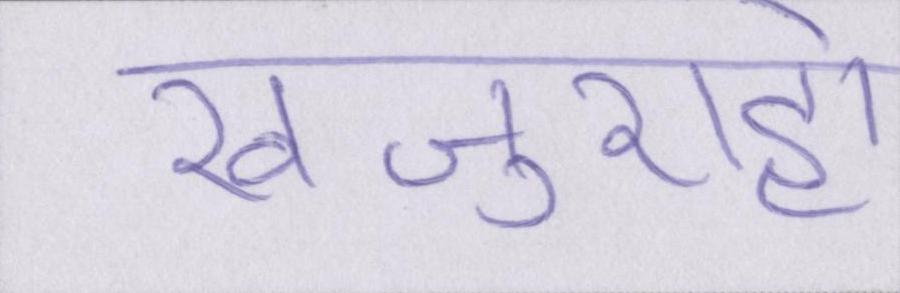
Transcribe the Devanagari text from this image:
खजुराहो